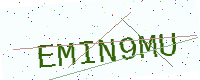
Text: EMIN9MU